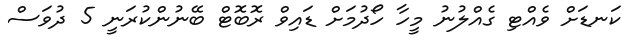
ކަނޑަށް ވެއްޓި ގެއްލުނު މީހާ ހޯދުމަށް ޑައިވް ރޮބޮޓް ބޭނުންކުރަނީ 5 ދުވަސް